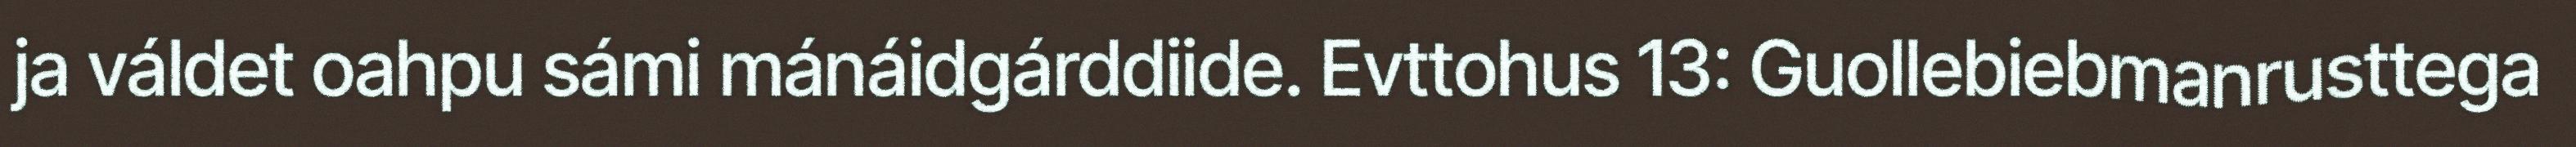
ja váldet oahpu sámi mánáidgárddiide. Evttohus 13: Guollebiebmanrusttega